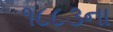
૧૮૮૩ના